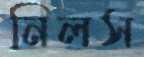
নিলস